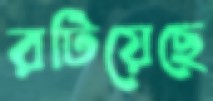
রটিয়েছে